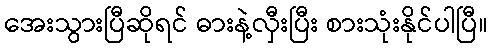
အေးသွားပြီဆိုရင် ဓားနဲ့လှီးပြီး စားသုံးနိုင်ပါပြီ။